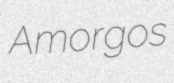
Amorgos